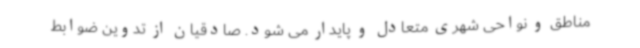
مناطق و نواحی شهری متعادل و پایدار می شود. صادقیان از تدوین ضوابط